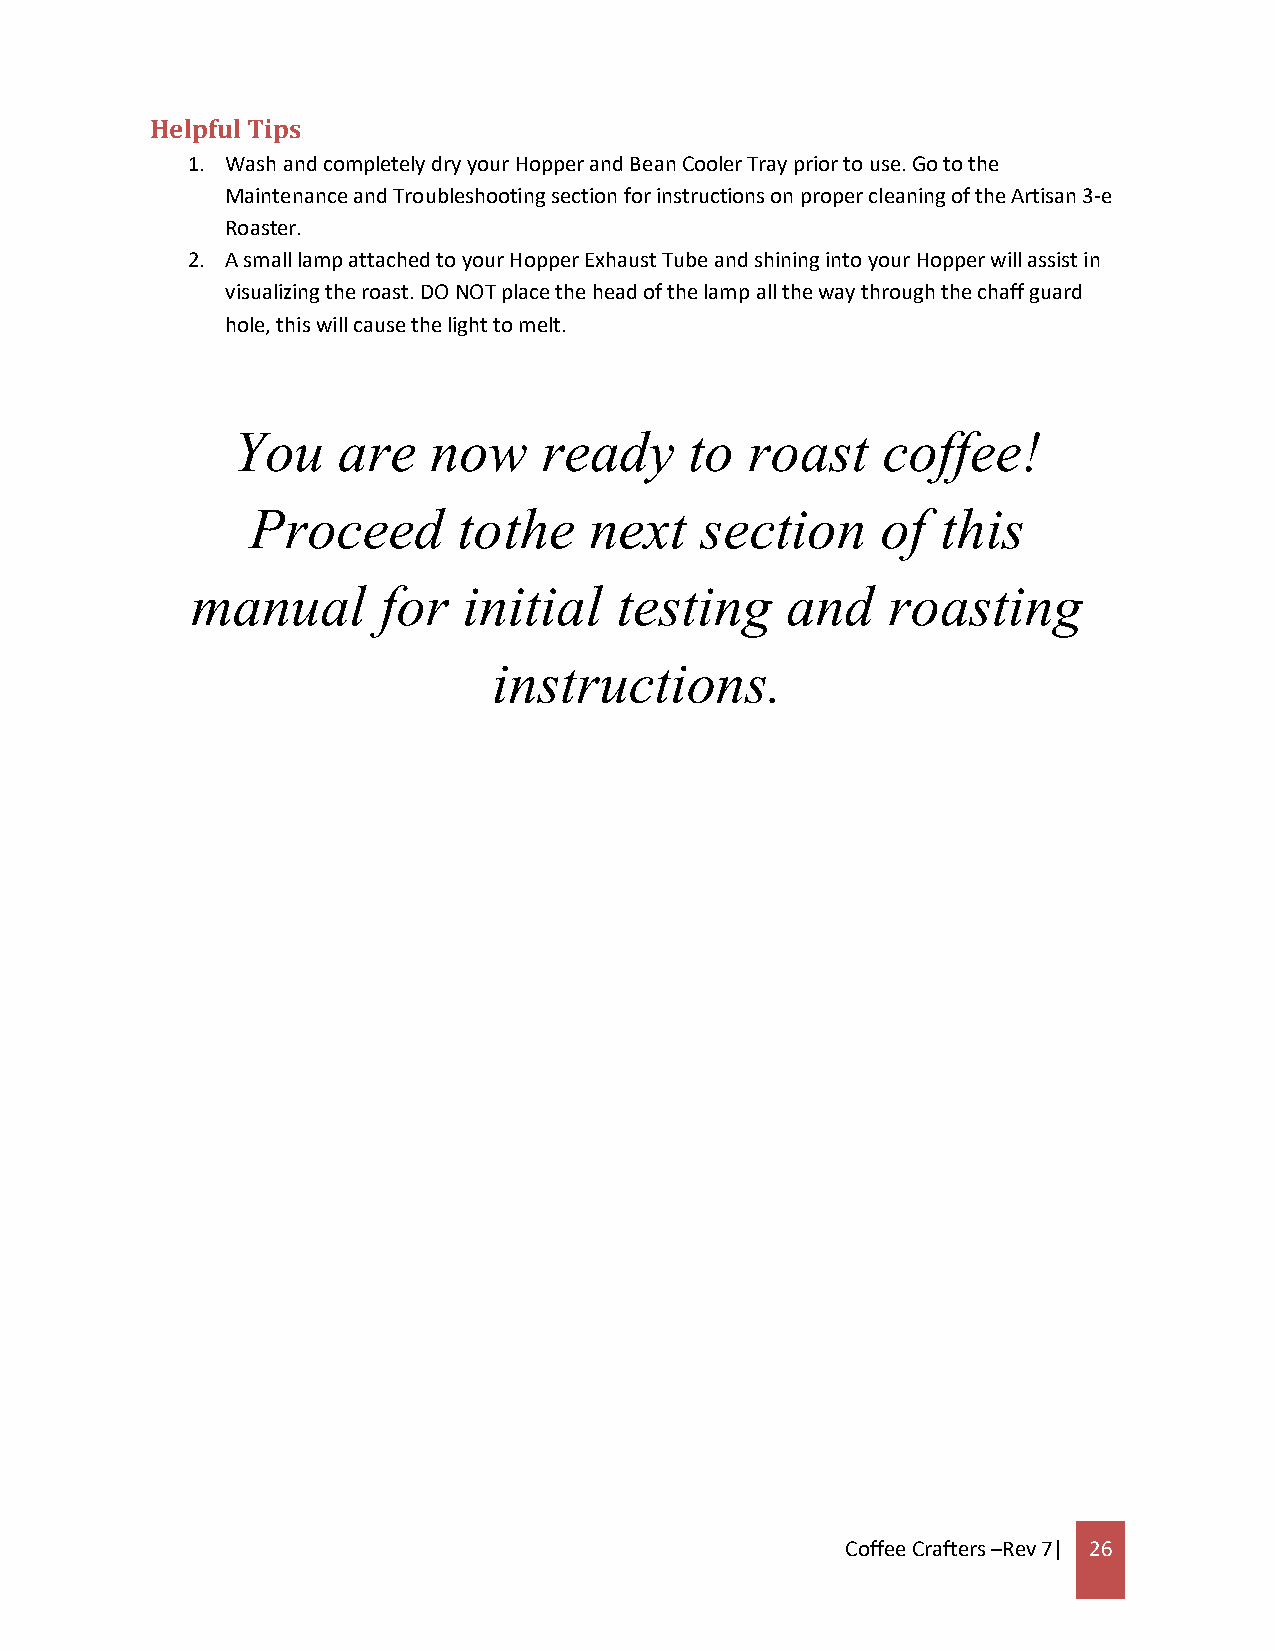
Helpful Tips
 1. Wash and completely dry your Hopper and Bean Cooler Tray prior to use. Go to the
 Maintenance and Troubleshooting section for instructions on proper cleaning of the Artisan 3-e
 Roaster.
 2. A small lamp attached to your Hopper Exhaust Tube and shining into your Hopper will assist in
 visualizing the roast. DO NOT place the head of the lamp all the way through the chaff guard
 hole, this will cause the light to melt.
 You    are   now     ready     to  roast   coffee!
 Proceed      to the   next   section     of  this
 manual      for   initial   testing    and    roasting
 instructions.
 Coffee Crafters –Rev 7| 26